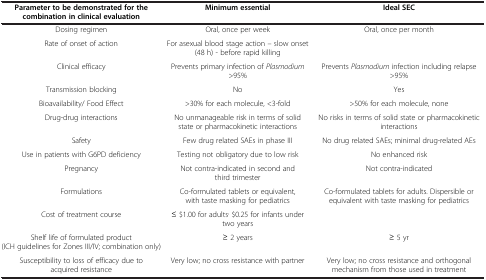
<table><thead><tr><td><b>Parameter to be demonstrated for the combination in clinical evaluation</b></td><td><b>Minimum essential</b></td><td><b>Ideal SEC</b></td></tr></thead><tbody><tr><td>Dosing regimen</td><td>Oral, once per week</td><td>Oral, once per month</td></tr><tr><td>Rate of onset of action</td><td>For asexual blood stage action – slow onset (48 h) - before rapid killing</td><td> </td></tr><tr><td>Clinical efficacy</td><td>Prevents primary infection of <i>Plasmodium</i> &gt;95%</td><td>Prevents <i>Plasmodium</i> infection including relapse &gt;95%</td></tr><tr><td>Transmission blocking</td><td>No</td><td>Yes</td></tr><tr><td>Bioavailability/ Food Effect</td><td>&gt;30% for each molecule, &lt;3-fold</td><td>&gt;50% for each molecule, none</td></tr><tr><td>Drug-drug interactions</td><td>No unmanageable risk in terms of solid state or pharmacokinetic interactions</td><td>No risks in terms of solid state or pharmacokinetic interactions</td></tr><tr><td>Safety</td><td>Few drug related SAEs in phase III</td><td>No drug related SAEs; minimal drug-related AEs</td></tr><tr><td>Use in patients with G6PD deficiency</td><td>Testing not obligatory due to low risk</td><td>No enhanced risk</td></tr><tr><td>Pregnancy</td><td>Not contra-indicated in second and third trimester</td><td>Not contra-indicated</td></tr><tr><td>Formulations</td><td>Co-formulated tablets or equivalent, with taste masking for pediatrics</td><td>Co-formulated tablets for adults. Dispersible or equivalent with taste masking for pediatrics</td></tr><tr><td>Cost of treatment course</td><td>≤ $1.00 for adults<sup>,</sup> $0.25 for infants under two years</td><td> </td></tr><tr><td>Shelf life of formulated product (ICH guidelines for Zones III/IV; combination only)</td><td>≥ 2 years</td><td>≥ 5 yr</td></tr><tr><td>Susceptibility to loss of efficacy due to acquired resistance</td><td>Very low; no cross resistance with partner</td><td>Very low; no cross resistance and orthogonal mechanism from those used in treatment</td></tr></tbody></table>